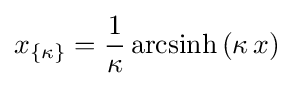
x_{\{\kappa \}}={\frac {1}{\kappa }}\,{\rm {arcsinh}}\,(\kappa \,x)